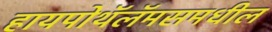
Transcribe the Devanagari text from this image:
हायपोथॅलॅमसमधील